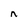
Character: n